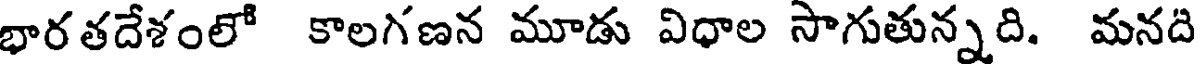
భారతదేశంలో కాలగణన మూడు విధాల సాగుతున్నది. మనది